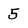
Character: 5